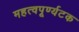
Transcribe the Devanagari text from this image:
महत्वपूर्ण्यटक